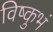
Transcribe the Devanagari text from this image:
विष्कुभं